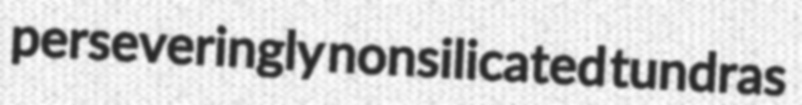
perseveringly nonsilicated tundras